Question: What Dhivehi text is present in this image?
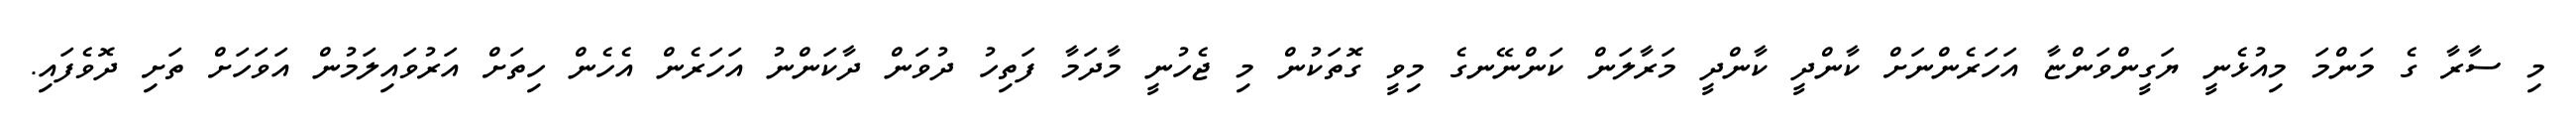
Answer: މި ސާރާ ގެ މަންމަ މިއުޅެނީ ޔަގީންވަންޏާ އަހަރެންނަށް ކާންދީ ކާންދީ މަރާލަން ކަންނޭނގެ މިވީ ގޮތަކުން މި ޖެހުނީ މާދަމާ ފަތިހު ދުވަން ދާކަންނު އަހަރެން އެހެން ހިތަށް އަރުވައިލަމުން އަވަހަށް ތަށި ދޮވެފައި.